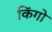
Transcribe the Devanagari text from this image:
किंगो